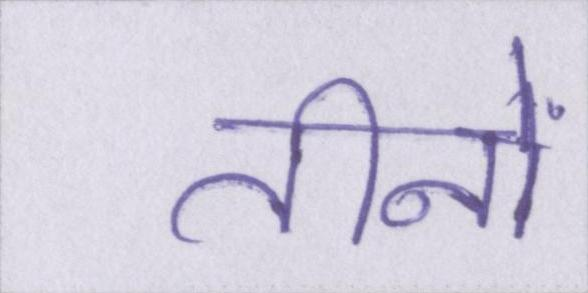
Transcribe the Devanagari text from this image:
तीनों